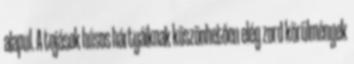
alapul. A tojások húsos hártyáiknak köszönhetően elég zord körülmények